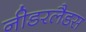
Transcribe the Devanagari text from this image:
नीडरलैडस